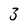
Character: 3